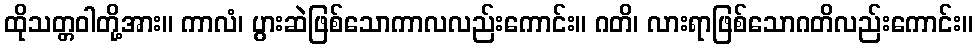
ထိုသတ္တဝါတို့အား။ ကာလံ၊ ပွားဆဲဖြစ်သောကာလလည်းကောင်း။ ဂတိ၊ လားရာဖြစ်သောဂတိလည်းကောင်း။